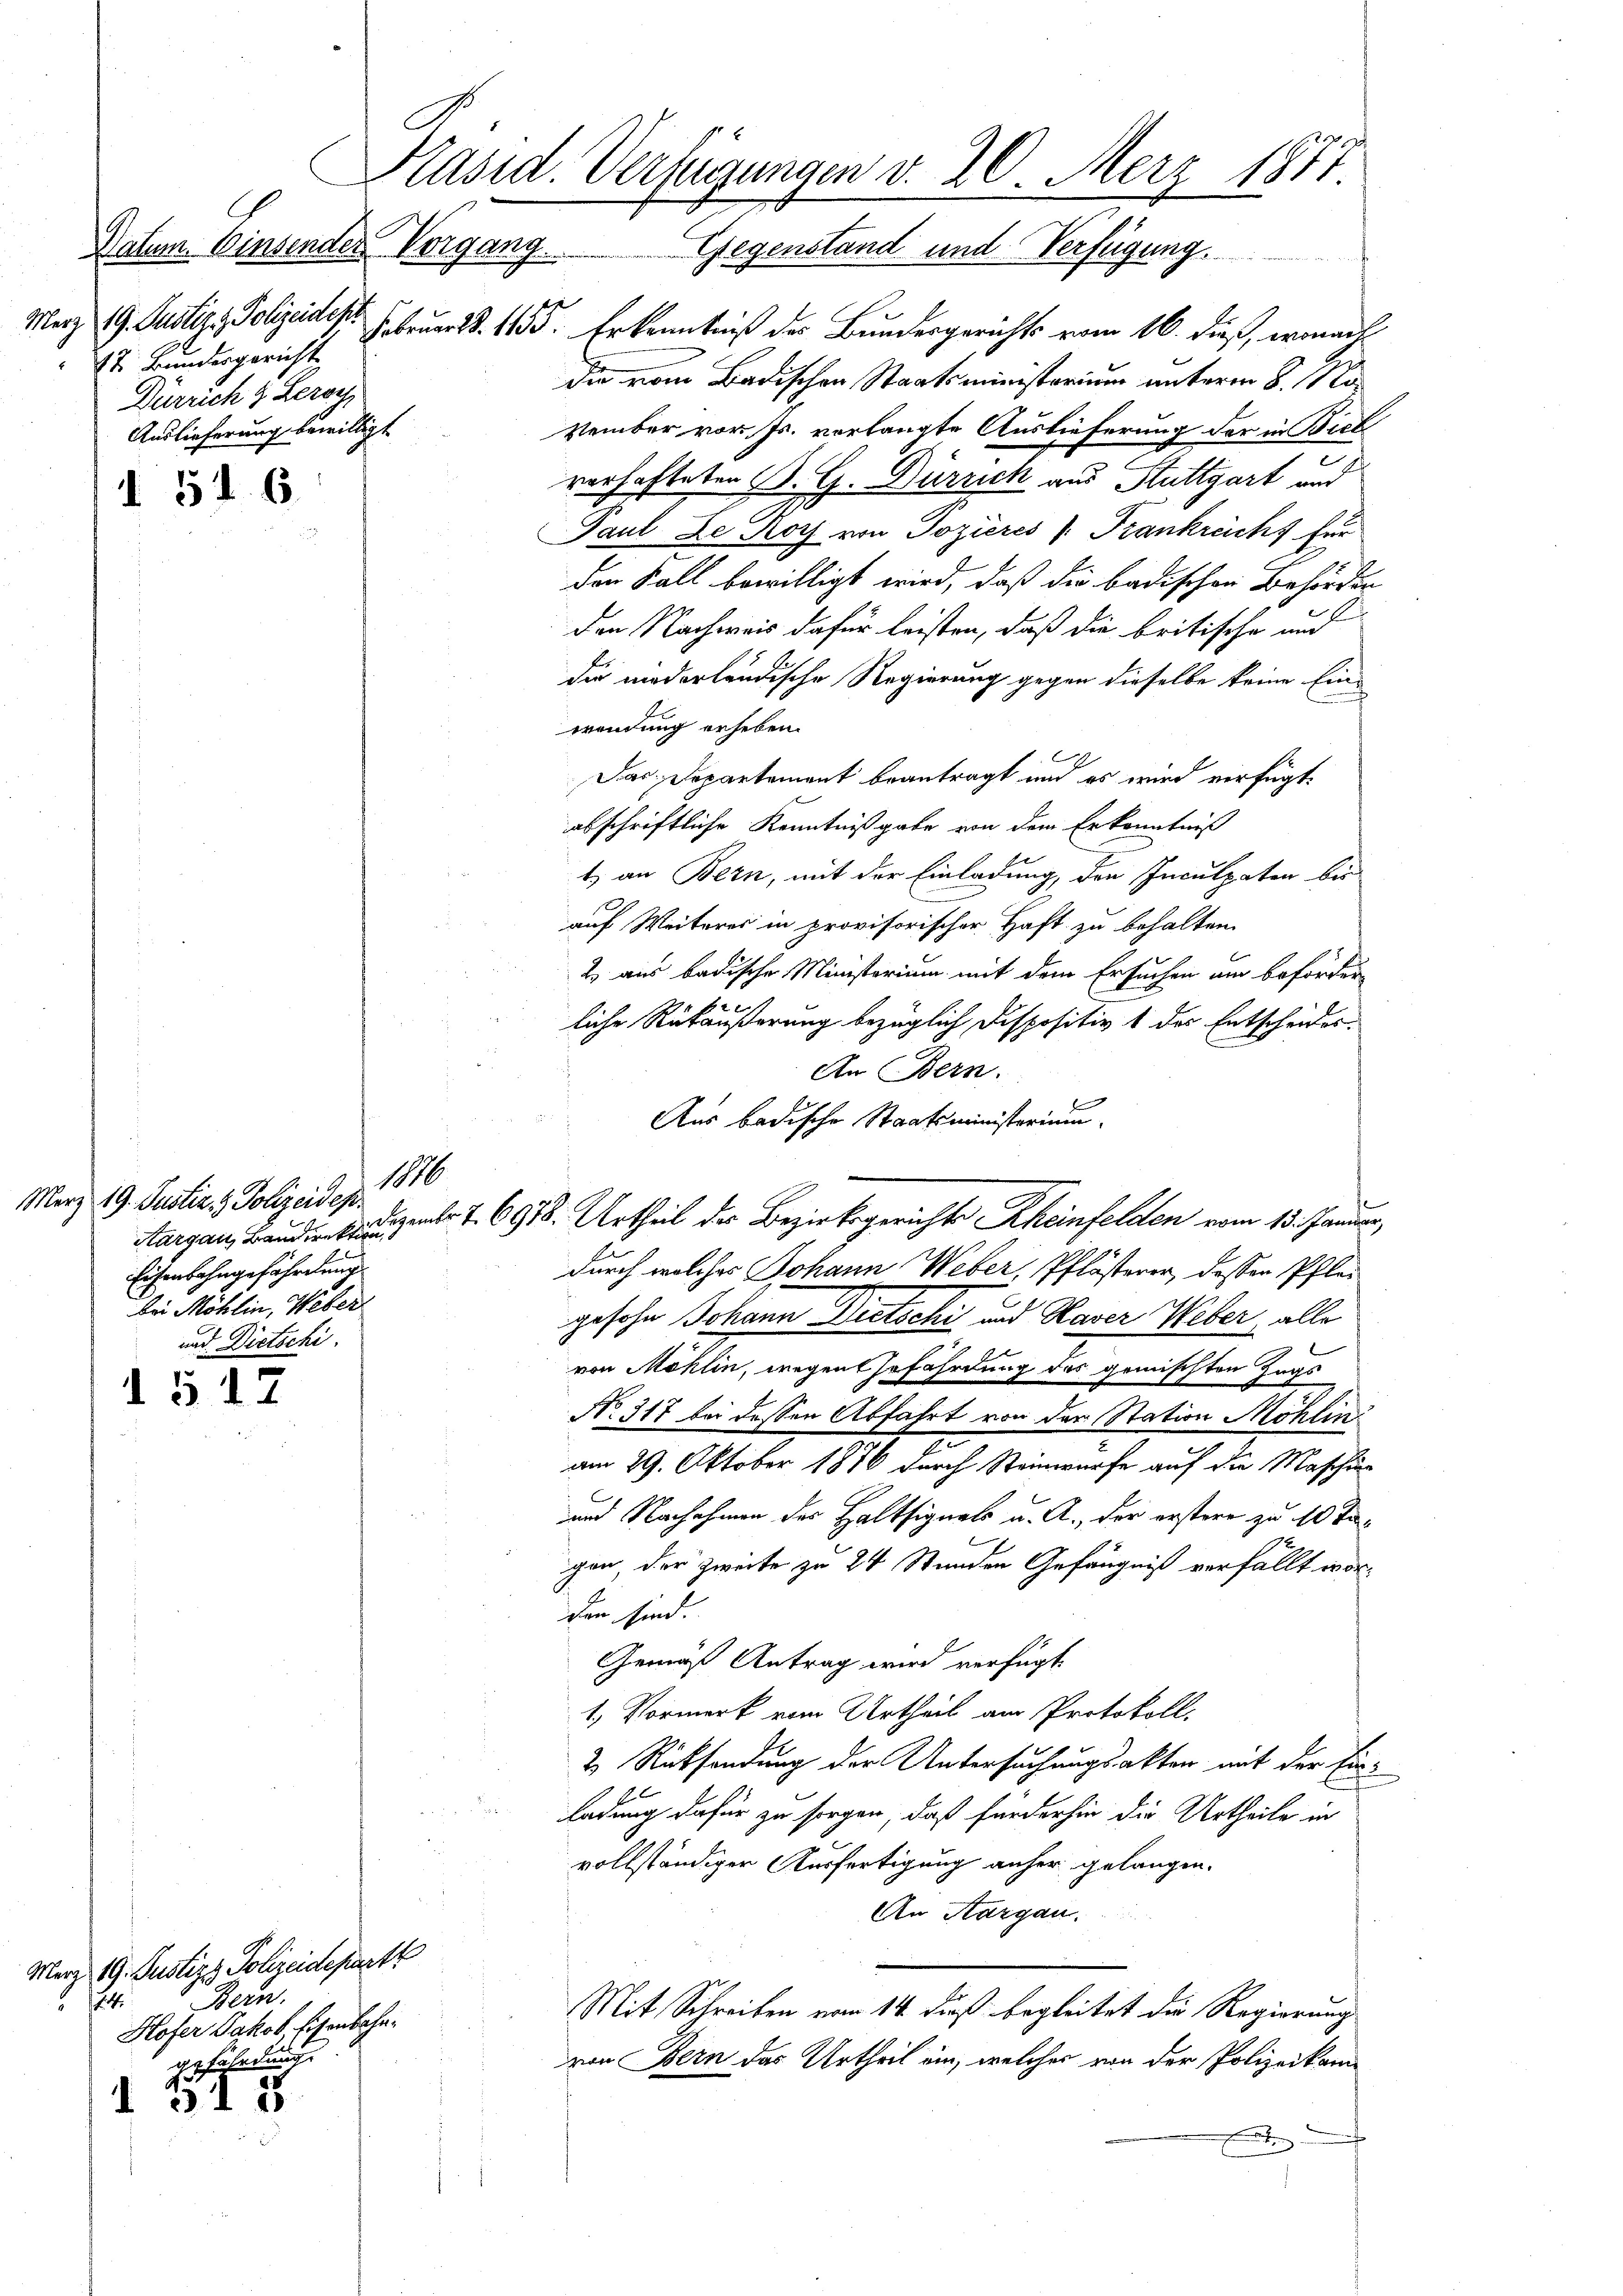
Datum. Einsender Vorgang.
Merz 19. Justiz & Polizeidepr
17. Bundesgericht
Dürrich & Leroch
Auslieferung bewilligt

I 51. 6

Merz 19. Justiz & Polizeidez. 1876
Eisenbahngefährdung
bei Möhlin, Weber
und Dietschi

d § 12

Merz 19. Justizg Polizeideparte
Bern.
4
Hofer Jakob Eisenbahngefährdung
d. 315

Februar d. 1155. Erkenntniß des Bundesgerichts vom 16. dieß, wonach
die vom Badischen Staatsministorium unterm 8. November vor. Js. vorlangte Auslieferung der in Bick
verhafteten B. G. Dürrich aus Stuttgart und
Paul Le Roch von Dozieres v. Frankreichs für
den Fall bewilligt wird, daß die badischen Behörder
den Nachweis dafür leisten, daß die britische und
die niederländische Regierung gegen dieselbe keine Einwendung erheben.
Das Departement beantragt und es wird verfügt
abschriftliche Kenntnißgabe von dem Erkenntniß
t) an Bern, mit der Einladung, den Inculpaten bis
auf Weiteres in provisorischer Haft zu behalten.
2) aus badische Ministerium mit dem Ersuchen am beförder
liche Rückäußerung bezüglich Dispositiv 1 des Entscheides.
An Bern.
Aus badische Staatsministerium.
Aargau, Brudert geb. 1. 6918. Urtheil der Bezirksgerichts Rheinfelden vom 15. Januar,
durch welches Johann Weber, Pflösterer, dessen Pflei
gesohn Johann Dietschi und Kaser Weber, alle
von Möhlin, wegen Gefährdung des gemischten Zugs
No. 317 bei dessen Abfahrt von der Station Möhlin
am 29. Oktober 1876 durch Steinwürfe auf die Maschin
und Nachahmen des Haltsignals u. A., der erstere zu 10 Tagen, der Zweite zu 24 Stunden Gefängniß verfällt worden sind.
Gemäß Antrag wird verfügt.
1. Vormerk vom Urtheil am Protokoll,
2 Rücksendung der Untersuchungsakten mit der Einladung dafür zu sorgen, daß fürderhin die Urtheile in
vollständiger Ausfertigung anher gelangen.
An Aargau.
Mit Schreiben vom 14. dieß begleitet die Regierung
von Bern das Urtheil ein, welches von der Polizeikan
t

Präsid. Verfügungen d. 20. Merz 1877.
Gegenstand und Verfügung.